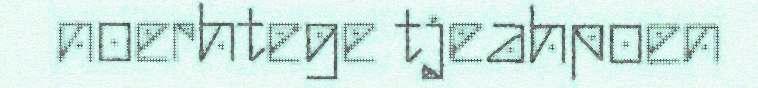
noerhtege tjeahpoen